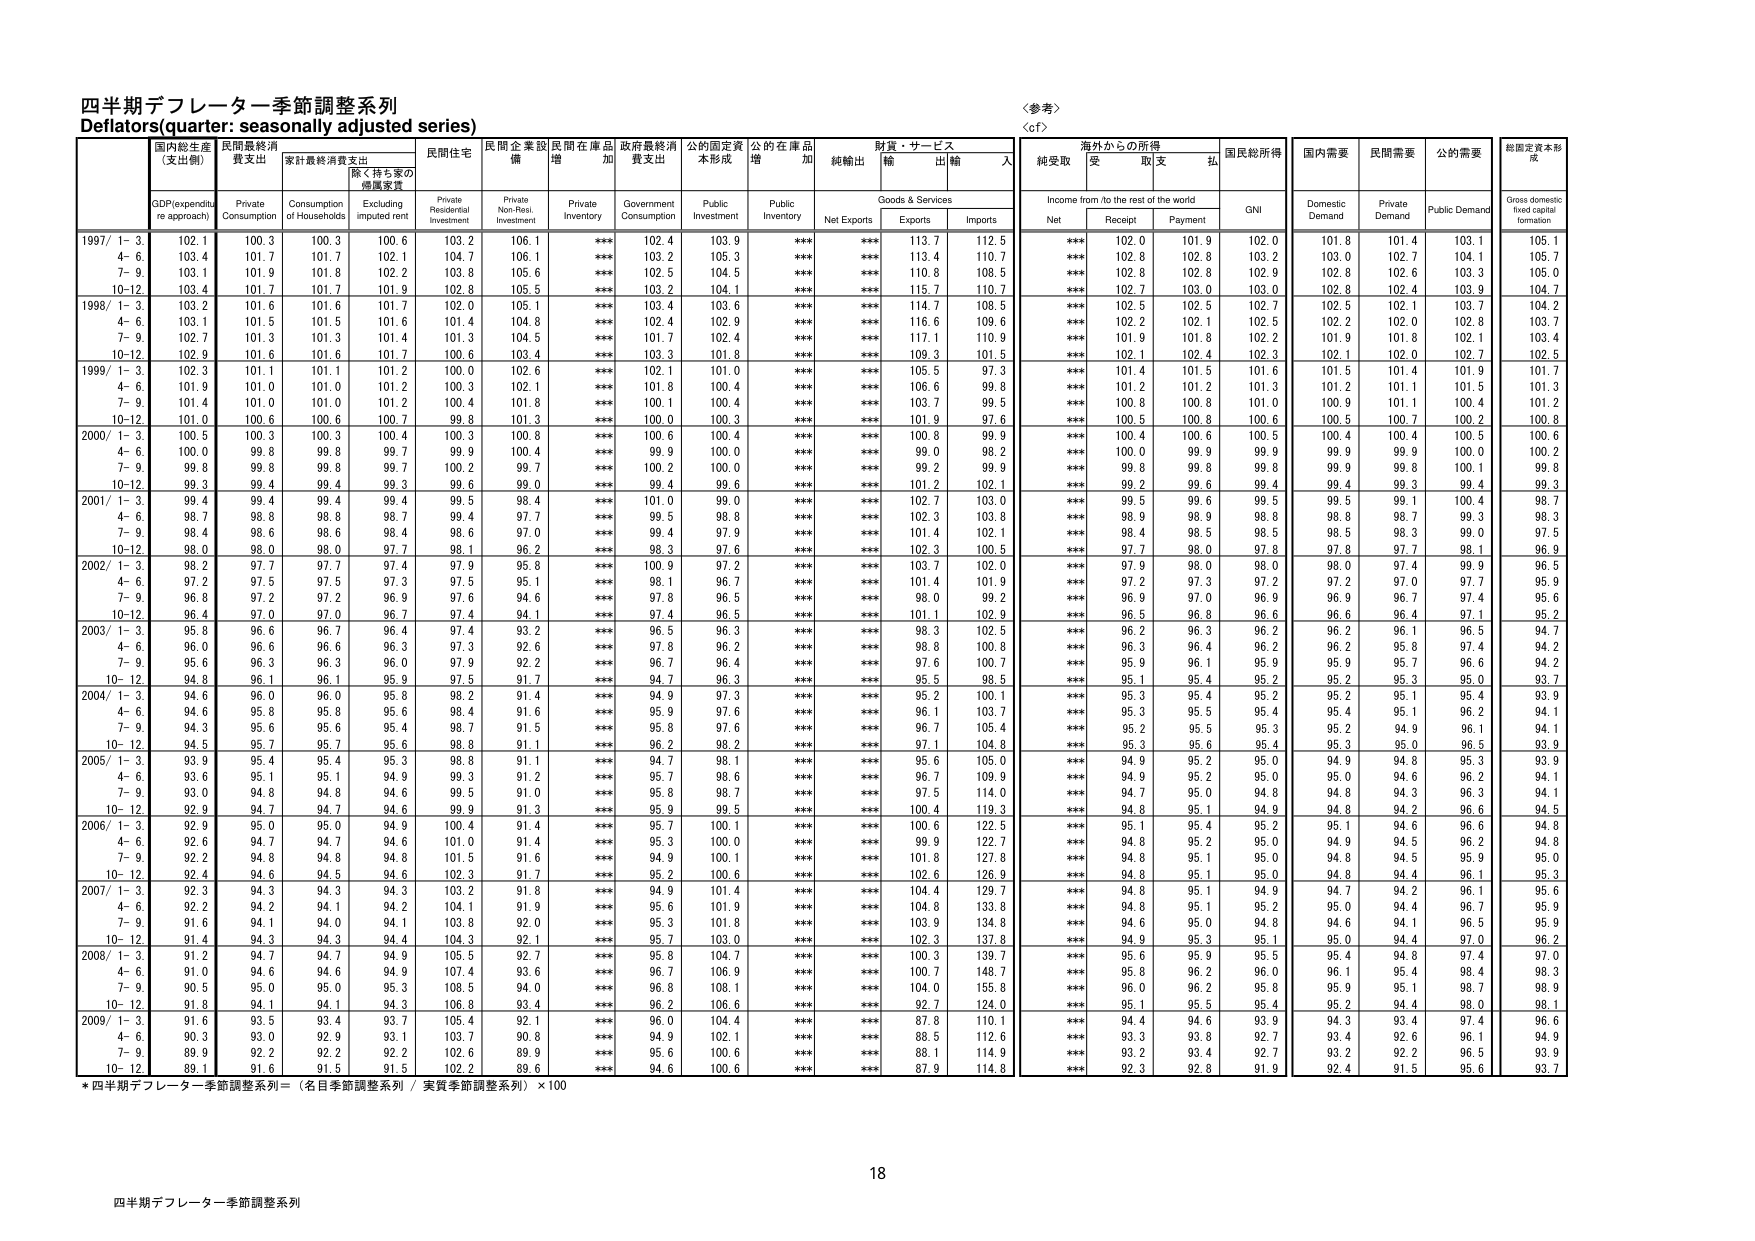
四半期デフレーター季節調整系列
Deflators (quarter: seasonally adjusted series)

〈参考〉
〈cf〉

国内総生産
(支出側)
GDP (expenditure approach)

民間最終消費支出
Private Consumption

家計最終消費支出
Consumption of Households

(除く持ち家の
帰還家賃)
Excluding imputed rent

民間住宅
Private Residential Investment

民間企業設備
Private Non-Resi. Investment

民間在庫品増加
Private Inventory

政府最終消費支出
Government Consumption

公的固定資本形成
Public Investment

公的在庫品増加
Public Inventory

純輸出
Net Exports

財貨・サービス
輸出
Exports

財貨・サービス
輸入
Imports

海外からの所得
Income from /to the rest of the world

純受取
Net

受取
Receipt

支払
Payment

国民総所得
GNI

国内需要
Domestic Demand

民間需要
Private Demand

公的需要
Public Demand

総固定資本形成
Gross domestic fixed capital formation

1997/ 1-3. 102.1 100.3 100.3 100.6 103.2 106.1 *** 102.4 103.9 *** *** 113.7 112.5 *** 102.0 101.9 102.0 101.8 101.4 103.1 105.1
4-6. 103.4 101.7 101.7 102.1 104.7 106.1 *** 103.2 105.3 *** *** 113.4 110.7 *** 102.8 102.8 103.2 103.0 102.7 104.1 105.7
7-9. 103.1 101.9 101.8 102.2 103.8 105.6 *** 102.5 104.5 *** *** 110.8 108.5 *** 102.8 102.8 102.9 102.8 102.6 103.3 105.0
10-12. 103.4 101.7 101.7 101.9 102.8 105.5 *** 103.2 104.1 *** *** 115.7 110.7 *** 102.7 103.0 103.0 102.8 102.4 103.9 104.7

1998/ 1-3. 103.2 101.6 101.6 101.7 102.0 105.1 *** 103.4 103.6 *** *** 114.7 108.5 *** 102.5 102.5 102.7 102.5 102.1 103.7 104.2
4-6. 103.1 101.5 101.5 101.6 101.4 104.8 *** 102.4 102.9 *** *** 116.6 109.6 *** 102.2 102.1 102.5 102.2 102.0 102.8 103.7
7-9. 102.7 101.3 101.3 101.4 101.3 104.5 *** 101.7 102.4 *** *** 117.1 110.9 *** 101.9 101.8 102.2 101.9 101.8 102.1 103.4
10-12. 102.9 101.6 101.6 101.7 100.6 103.4 *** 103.3 101.8 *** *** 109.3 101.5 *** 102.1 102.4 102.3 102.1 102.0 102.7 102.5

1999/ 1-3. 102.3 101.1 101.1 101.2 100.0 102.6 *** 102.1 101.0 *** *** 105.5 97.3 *** 101.4 101.5 101.6 101.5 101.4 101.9 101.7
4-6. 101.9 101.0 101.0 101.2 100.3 102.1 *** 101.8 100.4 *** *** 106.6 99.8 *** 101.2 101.2 101.3 101.2 101.1 101.5 101.3
7-9. 101.4 101.0 101.0 101.2 100.4 101.8 *** 100.1 100.4 *** *** 103.7 99.5 *** 100.8 100.8 101.0 100.9 101.1 100.4 101.2
10-12. 101.0 100.6 100.6 100.7 99.8 101.3 *** 100.0 100.3 *** *** 101.9 97.6 *** 100.5 100.8 100.6 100.5 100.7 100.2 100.8

2000/ 1-3. 100.5 100.3 100.3 100.4 100.3 100.8 *** 100.6 100.4 *** *** 100.8 99.9 *** 100.4 100.6 100.5 100.4 100.4 100.5 100.6
4-6. 100.0 99.8 99.8 99.7 99.9 100.4 *** 99.9 100.0 *** *** 99.0 98.2 *** 100.0 99.9 99.9 99.9 99.9 100.0 100.2
7-9. 99.8 99.8 99.8 99.7 100.2 99.7 *** 100.2 100.0 *** *** 99.2 99.9 *** 99.8 99.8 99.8 99.9 99.8 100.1 99.8
10-12. 99.3 99.4 99.4 99.3 99.6 99.0 *** 99.4 99.6 *** *** 101.2 102.1 *** 99.2 99.6 99.4 99.4 99.3 99.4 99.3

2001/ 1-3. 99.4 99.4 99.4 99.4 99.5 98.4 *** 101.0 99.0 *** *** 102.7 103.0 *** 99.5 99.6 99.5 99.5 99.1 100.4 98.7
4-6. 98.7 98.8 98.8 98.7 99.4 97.7 *** 99.5 98.8 *** *** 102.3 103.8 *** 98.9 98.9 98.8 98.8 98.7 99.3 98.3
7-9. 98.4 98.6 98.6 98.4 98.6 97.0 *** 99.4 97.9 *** *** 101.4 102.1 *** 98.4 98.5 98.5 98.5 98.3 99.0 97.5
10-12. 98.0 98.0 98.0 97.7 98.1 96.2 *** 98.3 97.6 *** *** 102.3 100.5 *** 97.7 98.0 97.8 97.8 97.7 98.1 96.9

2002/ 1-3. 98.2 97.7 97.7 97.4 97.9 95.8 *** 100.9 97.2 *** *** 103.7 102.0 *** 97.9 98.0 98.0 98.0 97.4 99.9 96.5
4-6. 97.2 97.5 97.5 97.3 97.5 95.1 *** 98.1 96.7 *** *** 101.4 101.9 *** 97.2 97.3 97.2 97.2 97.0 97.7 95.9
7-9. 96.8 97.2 97.2 96.9 97.6 94.6 *** 97.8 96.5 *** *** 98.0 99.2 *** 96.9 97.0 96.9 96.9 96.7 97.4 95.6
10-12. 96.4 97.0 97.0 96.7 97.4 94.1 *** 97.4 96.5 *** *** 101.1 102.9 *** 96.5 96.8 96.6 96.6 96.4 97.1 95.2

2003/ 1-3. 95.8 96.6 96.7 96.4 97.4 93.2 *** 96.5 96.3 *** *** 98.3 102.5 *** 96.2 96.3 96.2 96.2 96.1 96.5 94.7
4-6. 96.0 96.6 96.6 96.3 97.3 92.6 *** 97.8 96.2 *** *** 98.8 100.8 *** 96.3 96.4 96.2 96.2 95.8 97.4 94.2
7-9. 95.6 96.3 96.3 96.0 97.9 92.2 *** 96.7 96.4 *** *** 97.6 100.7 *** 95.9 96.1 95.9 95.9 95.7 96.6 94.2
10-12. 94.8 96.1 96.1 95.9 97.5 91.7 *** 94.7 96.3 *** *** 95.5 98.5 *** 95.1 95.4 95.2 95.2 95.3 95.0 93.7

2004/ 1-3. 94.6 96.0 96.0 95.8 98.2 91.4 *** 94.9 97.3 *** *** 95.2 100.1 *** 95.3 95.4 95.2 95.2 95.1 95.4 93.9
4-6. 94.6 95.8 95.8 95.6 98.4 91.6 *** 95.9 97.6 *** *** 96.1 103.7 *** 95.3 95.5 95.4 95.4 95.1 96.2 94.1
7-9. 94.3 95.6 95.6 95.4 98.7 91.5 *** 95.8 97.6 *** *** 96.7 105.4 *** 95.2 95.5 95.3 95.2 94.9 96.1 94.1
10-12. 94.5 95.7 95.7 95.6 98.8 91.1 *** 96.2 98.2 *** *** 97.1 104.8 *** 95.3 95.6 95.4 95.3 95.0 96.5 93.9

2005/ 1-3. 93.9 95.4 95.4 95.3 98.8 91.1 *** 94.7 98.1 *** *** 95.6 105.0 *** 94.9 95.2 95.0 94.9 94.8 95.3 93.9
4-6. 93.6 95.1 95.1 94.9 99.3 91.2 *** 95.7 98.6 *** *** 96.7 109.9 *** 94.9 95.2 95.0 95.0 94.6 96.2 94.1
7-9. 93.0 94.8 94.8 94.6 99.5 91.0 *** 95.8 98.7 *** *** 97.5 114.0 *** 94.7 95.0 94.8 94.8 94.3 96.3 94.1
10-12. 92.9 94.7 94.7 94.6 99.9 91.3 *** 95.9 99.5 *** *** 100.4 119.3 *** 94.8 95.1 94.9 94.8 94.2 96.6 94.5

2006/ 1-3. 92.9 95.0 95.0 94.9 100.4 91.4 *** 95.7 100.1 *** *** 100.6 122.5 *** 95.1 95.4 95.2 95.1 94.6 96.6 94.8
4-6. 92.6 94.7 94.7 94.6 101.0 91.4 *** 95.3 100.0 *** *** 99.9 122.7 *** 94.8 95.2 95.0 94.9 94.5 96.2 94.8
7-9. 92.2 94.8 94.8 94.8 101.5 91.6 *** 94.9 100.1 *** *** 101.8 127.8 *** 94.8 95.1 95.0 94.8 94.5 95.9 95.0
10-12. 92.4 94.6 94.5 94.6 102.3 91.7 *** 95.2 100.6 *** *** 102.6 126.9 *** 94.8 95.1 95.0 94.8 94.4 96.1 95.3

2007/ 1-3. 92.3 94.3 94.3 94.3 103.2 91.8 *** 94.9 101.4 *** *** 104.4 129.7 *** 94.8 95.1 94.9 94.7 94.2 96.1 95.6
4-6. 92.2 94.2 94.1 94.2 104.1 91.9 *** 95.6 101.9 *** *** 104.8 132.8 *** 94.8 95.1 95.2 95.0 94.4 96.7 95.9
7-9. 91.6 94.1 94.0 94.1 103.8 92.0 *** 95.3 101.8 *** *** 103.9 134.8 *** 94.6 95.0 94.8 94.6 94.1 96.5 95.9
10-12. 91.4 94.3 94.3 94.4 104.3 92.1 *** 95.7 103.0 *** *** 102.3 137.8 *** 94.9 95.3 95.1 95.0 94.4 97.0 96.2

2008/ 1-3. 91.2 94.7 94.7 94.9 105.5 92.7 *** 95.8 104.7 *** *** 100.3 139.7 *** 95.6 95.9 95.5 95.4 94.8 97.4 97.0
4-6. 91.0 94.6 94.6 94.9 107.4 93.6 *** 96.7 106.9 *** *** 100.7 148.7 *** 95.8 96.2 96.0 96.1 95.4 98.4 98.3
7-9. 90.5 95.0 95.0 95.3 108.5 94.0 *** 96.8 108.1 *** *** 104.0 155.8 *** 96.0 96.2 95.8 95.9 95.1 98.7 98.9
10-12. 91.8 94.1 94.1 94.3 106.8 93.4 *** 96.2 106.6 *** *** 92.7 124.0 *** 95.1 95.5 95.4 95.2 94.4 98.0 98.1

2009/ 1-3. 91.6 93.5 93.4 93.7 105.4 92.1 *** 96.0 104.4 *** *** 87.8 110.1 *** 94.4 94.6 93.9 94.3 93.4 97.4 96.6
4-6. 90.3 93.0 92.9 93.1 103.7 90.8 *** 94.9 102.1 *** *** 88.5 112.6 *** 93.3 93.8 92.7 93.4 92.6 96.1 94.9
7-9. 89.9 92.2 92.2 92.2 102.6 89.9 *** 95.6 100.6 *** *** 88.1 114.9 *** 93.2 93.4 92.7 93.2 92.2 96.5 93.9
10-12. 89.1 91.6 91.5 91.5 102.2 89.6 *** 94.6 100.6 *** *** 87.9 114.8 *** 92.3 92.8 91.9 92.4 91.5 95.6 93.7

*四半期デフレーター季節調整系列＝（名目季節調整系列／実質季節調整系列）×100

18
四半期デフレーター季節調整系列